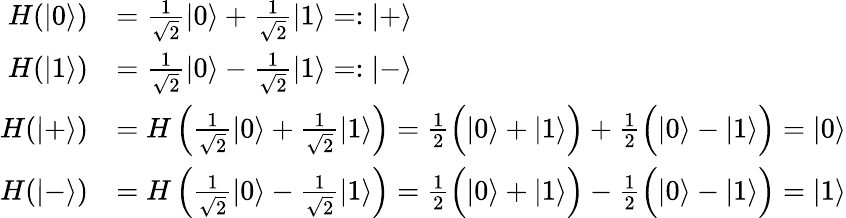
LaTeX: {\begin{array}{rl}{H(|0\rangle)}&{={\frac{1}{\sqrt{2}}}|0\rangle+{\frac{1}{\sqrt{2}}}|1\rangle=:|+\rangle}\\ {H(|1\rangle)}&{={\frac{1}{\sqrt{2}}}|0\rangle-{\frac{1}{\sqrt{2}}}|1\rangle=:|-\rangle}\\ {H(|+\rangle)}&{=H\left({\frac{1}{\sqrt{2}}}|0\rangle+{\frac{1}{\sqrt{2}}}|1\rangle\right)={\frac{1}{2}}{\Big(}|0\rangle+|1\rangle{\Big)}+{\frac{1}{2}}{\Big(}|0\rangle-|1\rangle{\Big)}=|0\rangle}\\ {H(|-\rangle)}&{=H\left({\frac{1}{\sqrt{2}}}|0\rangle-{\frac{1}{\sqrt{2}}}|1\rangle\right)={\frac{1}{2}}{\Big(}|0\rangle+|1\rangle{\Big)}-{\frac{1}{2}}{\Big(}|0\rangle-|1\rangle{\Big)}=|1\rangle}\end{array}}